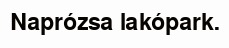
Naprózsa lakópark.